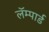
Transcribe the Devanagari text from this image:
लॅम्पार्ड